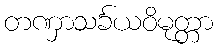
တဏှာသင်္ခယဝိမုတ္တာ